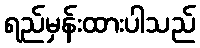
ရည်မှန်းထားပါသည်